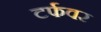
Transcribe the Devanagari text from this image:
टर्फवर